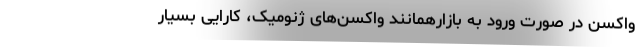
واکسن در صورت ورود به بازارهمانند واکسن‌های ژنومیک، کارایی بسیار